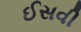
ઈસવી